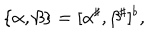
LaTeX: \{ \alpha , \beta \} = [ \alpha ^ { \sharp } , \beta ^ { \sharp } ] ^ { \flat } ,